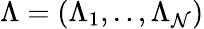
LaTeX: \Lambda=(\Lambda_{1},..,\Lambda_{\mathcal{N}})